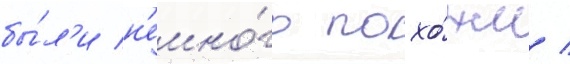
бы́л'и н'емно́го похо́жи /